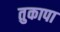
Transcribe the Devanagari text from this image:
तुकापा